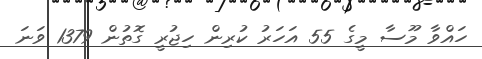
ހައްވާ މޫސާ މީގެ 55 އަހަރު ކުރިން ހިޖުރީ ގޮތުން 1379 ވަނަ